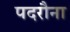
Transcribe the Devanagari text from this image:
पदरौना